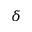
\delta